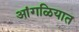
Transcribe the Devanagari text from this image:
आंगळियात